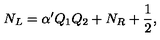
N _ { L } = \alpha ^ { \prime } Q _ { 1 } Q _ { 2 } + N _ { R } + { \frac { 1 } { 2 } } ,